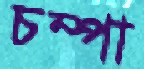
চম্পা